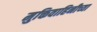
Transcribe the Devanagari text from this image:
मुक्तिवाहिनीच्या